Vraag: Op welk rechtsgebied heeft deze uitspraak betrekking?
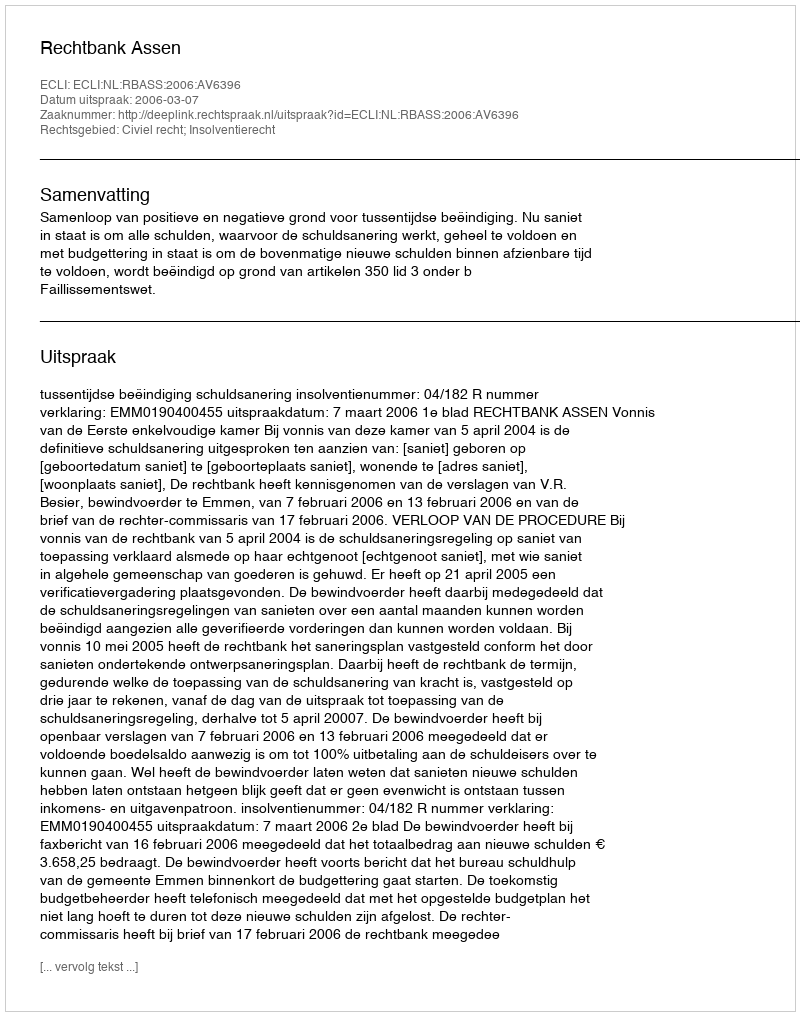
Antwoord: Civiel recht; Insolventierecht